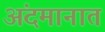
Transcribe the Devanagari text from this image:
अंदमानात